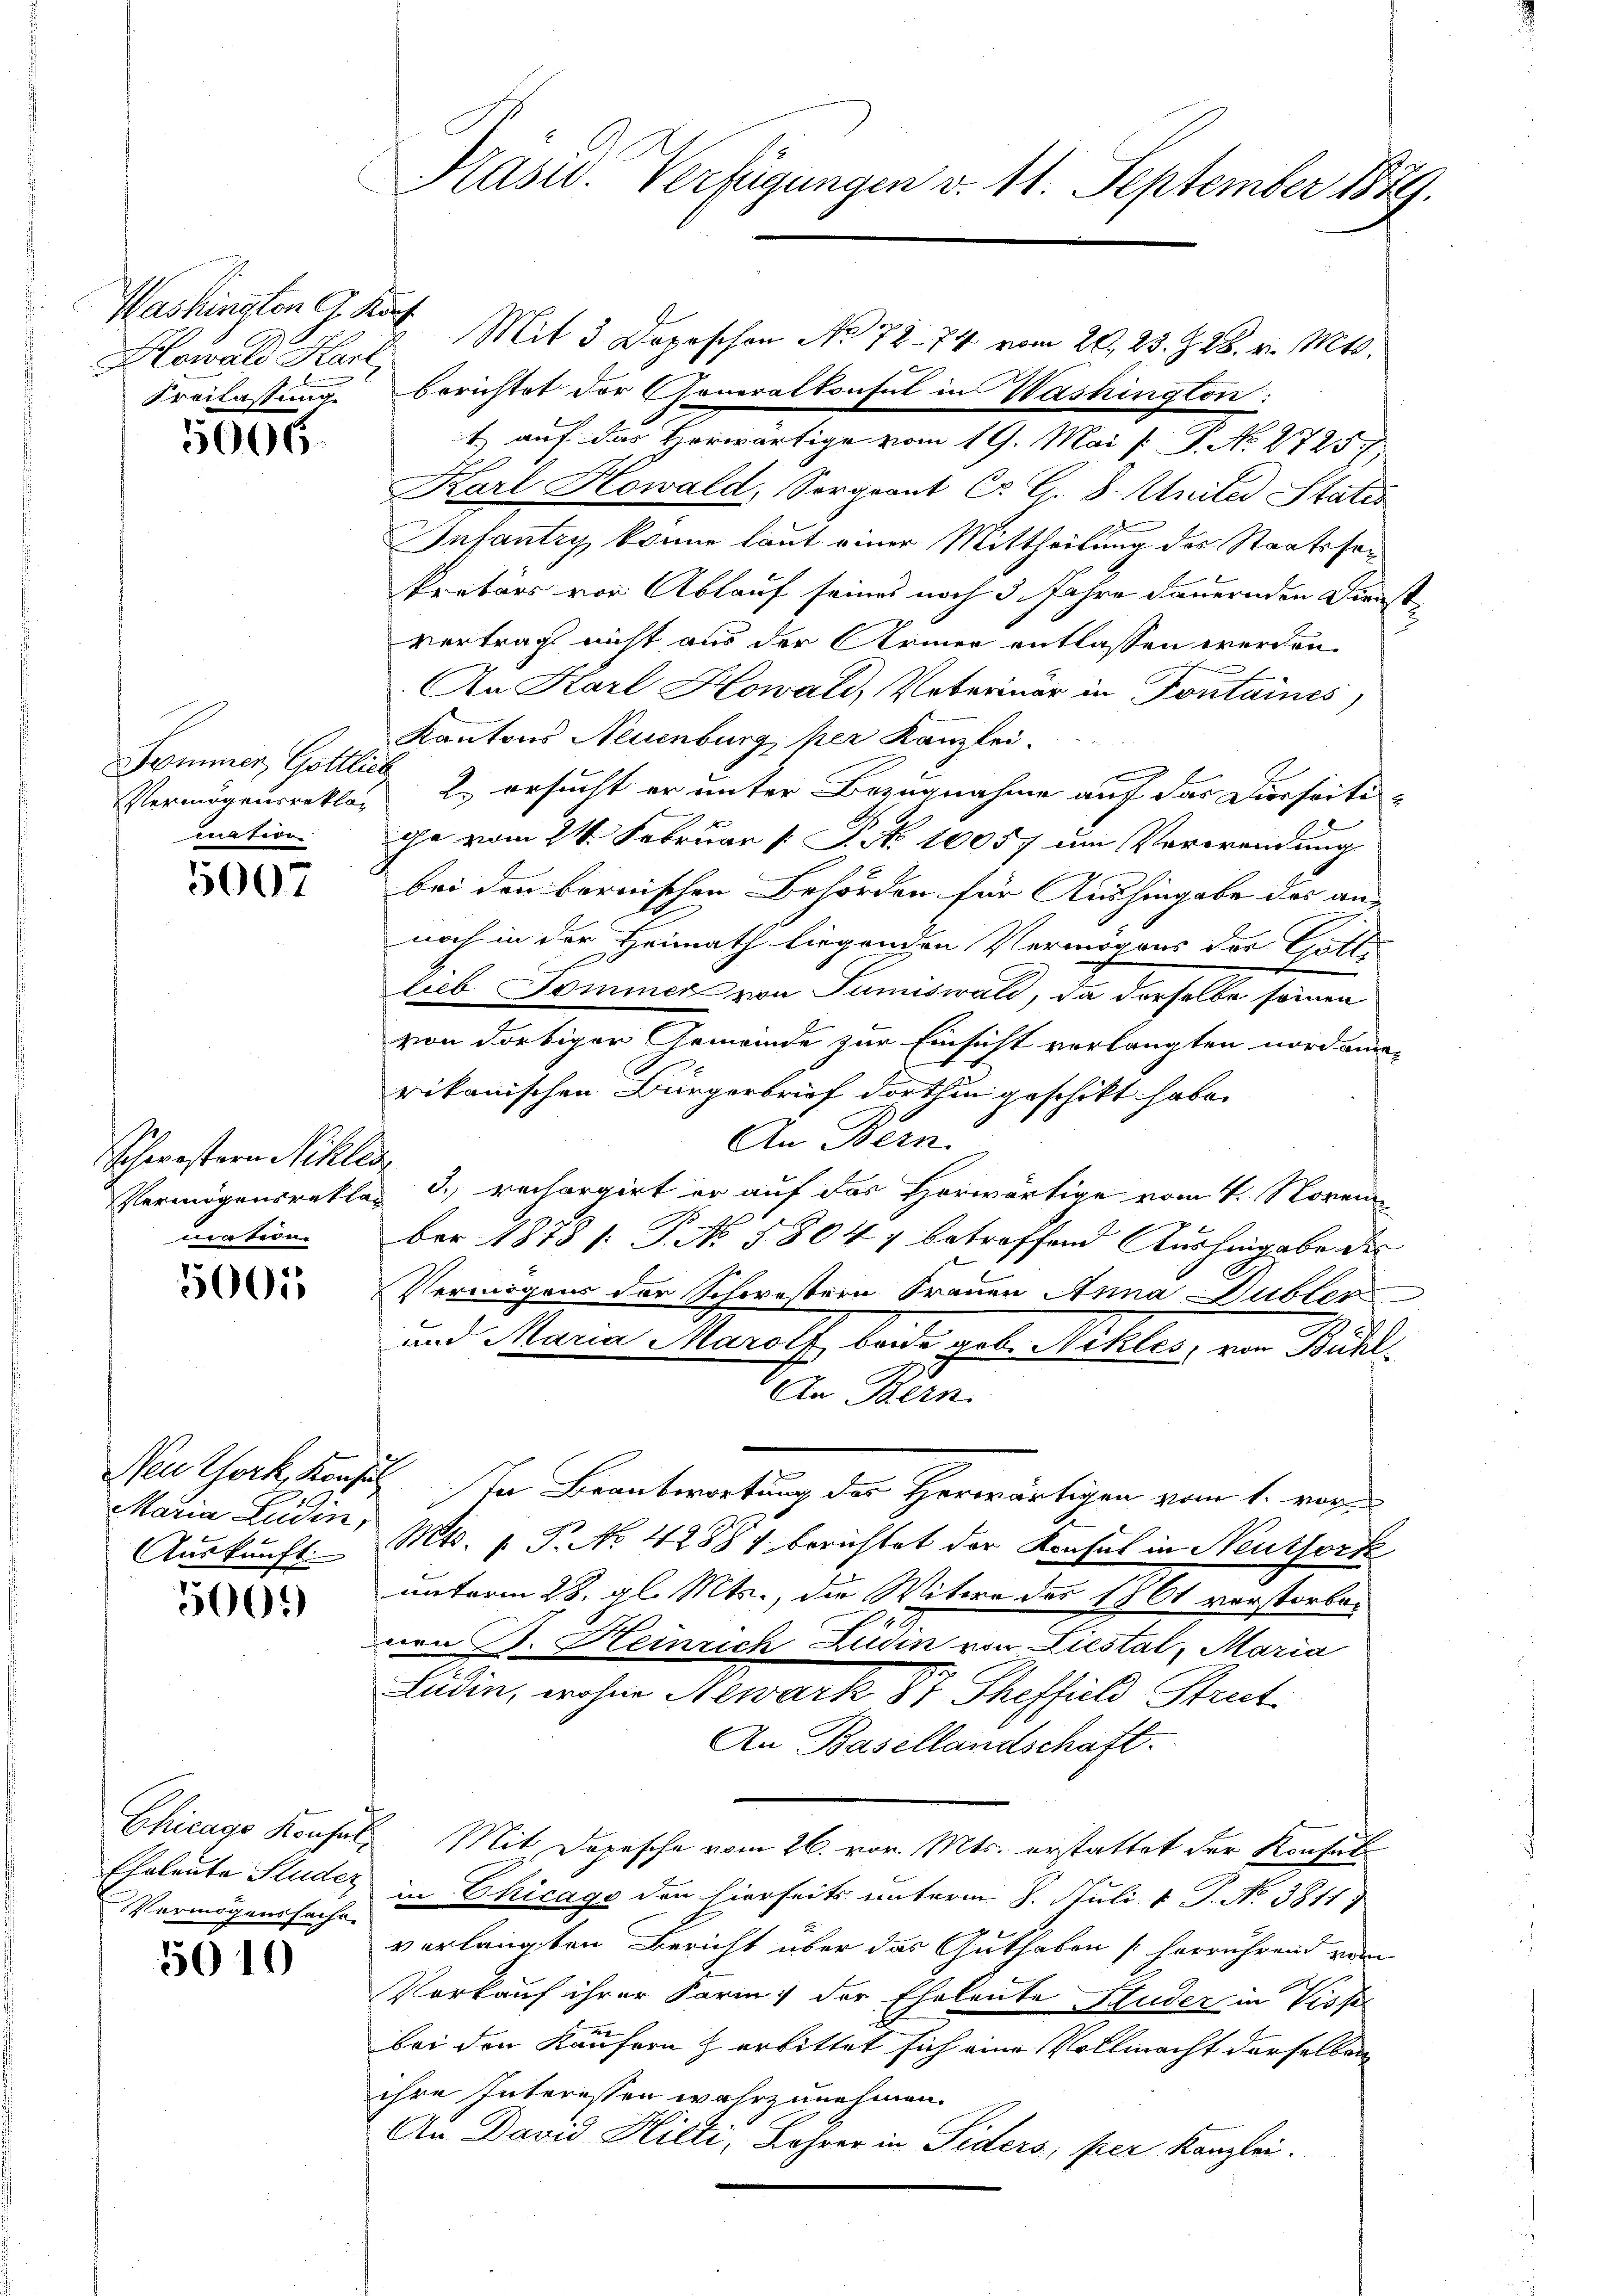
Washington G. Kurf
Hawald Hart,

5006.

Sommer Gottlich
mnation

5007

Schwestern Nikles
uation

5001

Maria Ludin,
Auskunft

3001)

Chicago Konsul
VVermögenssacht.

5010

Kasu. Verfügungen v. 11. September 1879.

Mit 3 Depeschen No 72-74 vom 20. 23. Z. 28. v. Mts.
u
Freilassung berichtet der Generalkonsul in Washington:
t) auf das Horwärtige vom 19. Mai [ P. No. 2725/
Karl Howald, Sorgeant C. C. 8. Unter Statis
Intantry, könne laut einer Mittheilung des Staatssakretärs vor Ablauf seines noch 3 Jahre dauernden Dienstvertrags nicht aus der Armer entlassen werden.
An Karl Howald, Vaterinar in Fontaines
Kantons Neuenburg, per Kanzlei-
Vermögensrektor 2. ersucht er unter Bezugnahme auf der Dierseitige vom 24. Februar 1 S. 10057 um Verwendung
bei den bernischen Behörden für Aushingabe des an- |
noch in der Heimath liegenden Vermögens der Gött
lieb Sommer von Tumiswald, da derselbe seinen
von dortiger Gemeinde zur Einsicht verlangten nordamen
rikanischen Bürgerbrief dorthin geschikt habe.
An Bern.
Vermögensreklar d. rechargirt er auf das Horwärtige vom 4. November 1878 s. P. No 1804 7 betreffend Aushingabe des
Vermögens der Schwestern Trauen Anna Dubler
und Maria Marolf beide geb. Nekles, von Bühl¬
An Bern
Neuthork, Konses. In Beantwortung des Herwärtigen vom 1. vor¬
Mts. 1. P. No. 42881 berichtet der Konsul in Neuthork
unterm 28. gl. Mts., die Witwe des 1861 verstorbevon J. Heinrich Ludin von Liestal, Maria
Ludin, wohne Newark 81 Theffiel Strut
An Basellandschaft.
Mit Dopische vom 26. von Mts. erstattet der Konsul¬
Eheleute Studer in Chicags den hierseits unterm 8. Juli v. P. No 3811
verlangten Bericht über das Guthaben herrührend von
Vorkauf ihrer Form der Eheleute Huder in Profe
bei den Käufern & erbittet sich eine Vollmacht derselbar
ihre Interessen wahrzunehmen.
An David Hilti, Lehrer in Siders, per Kanzlei.